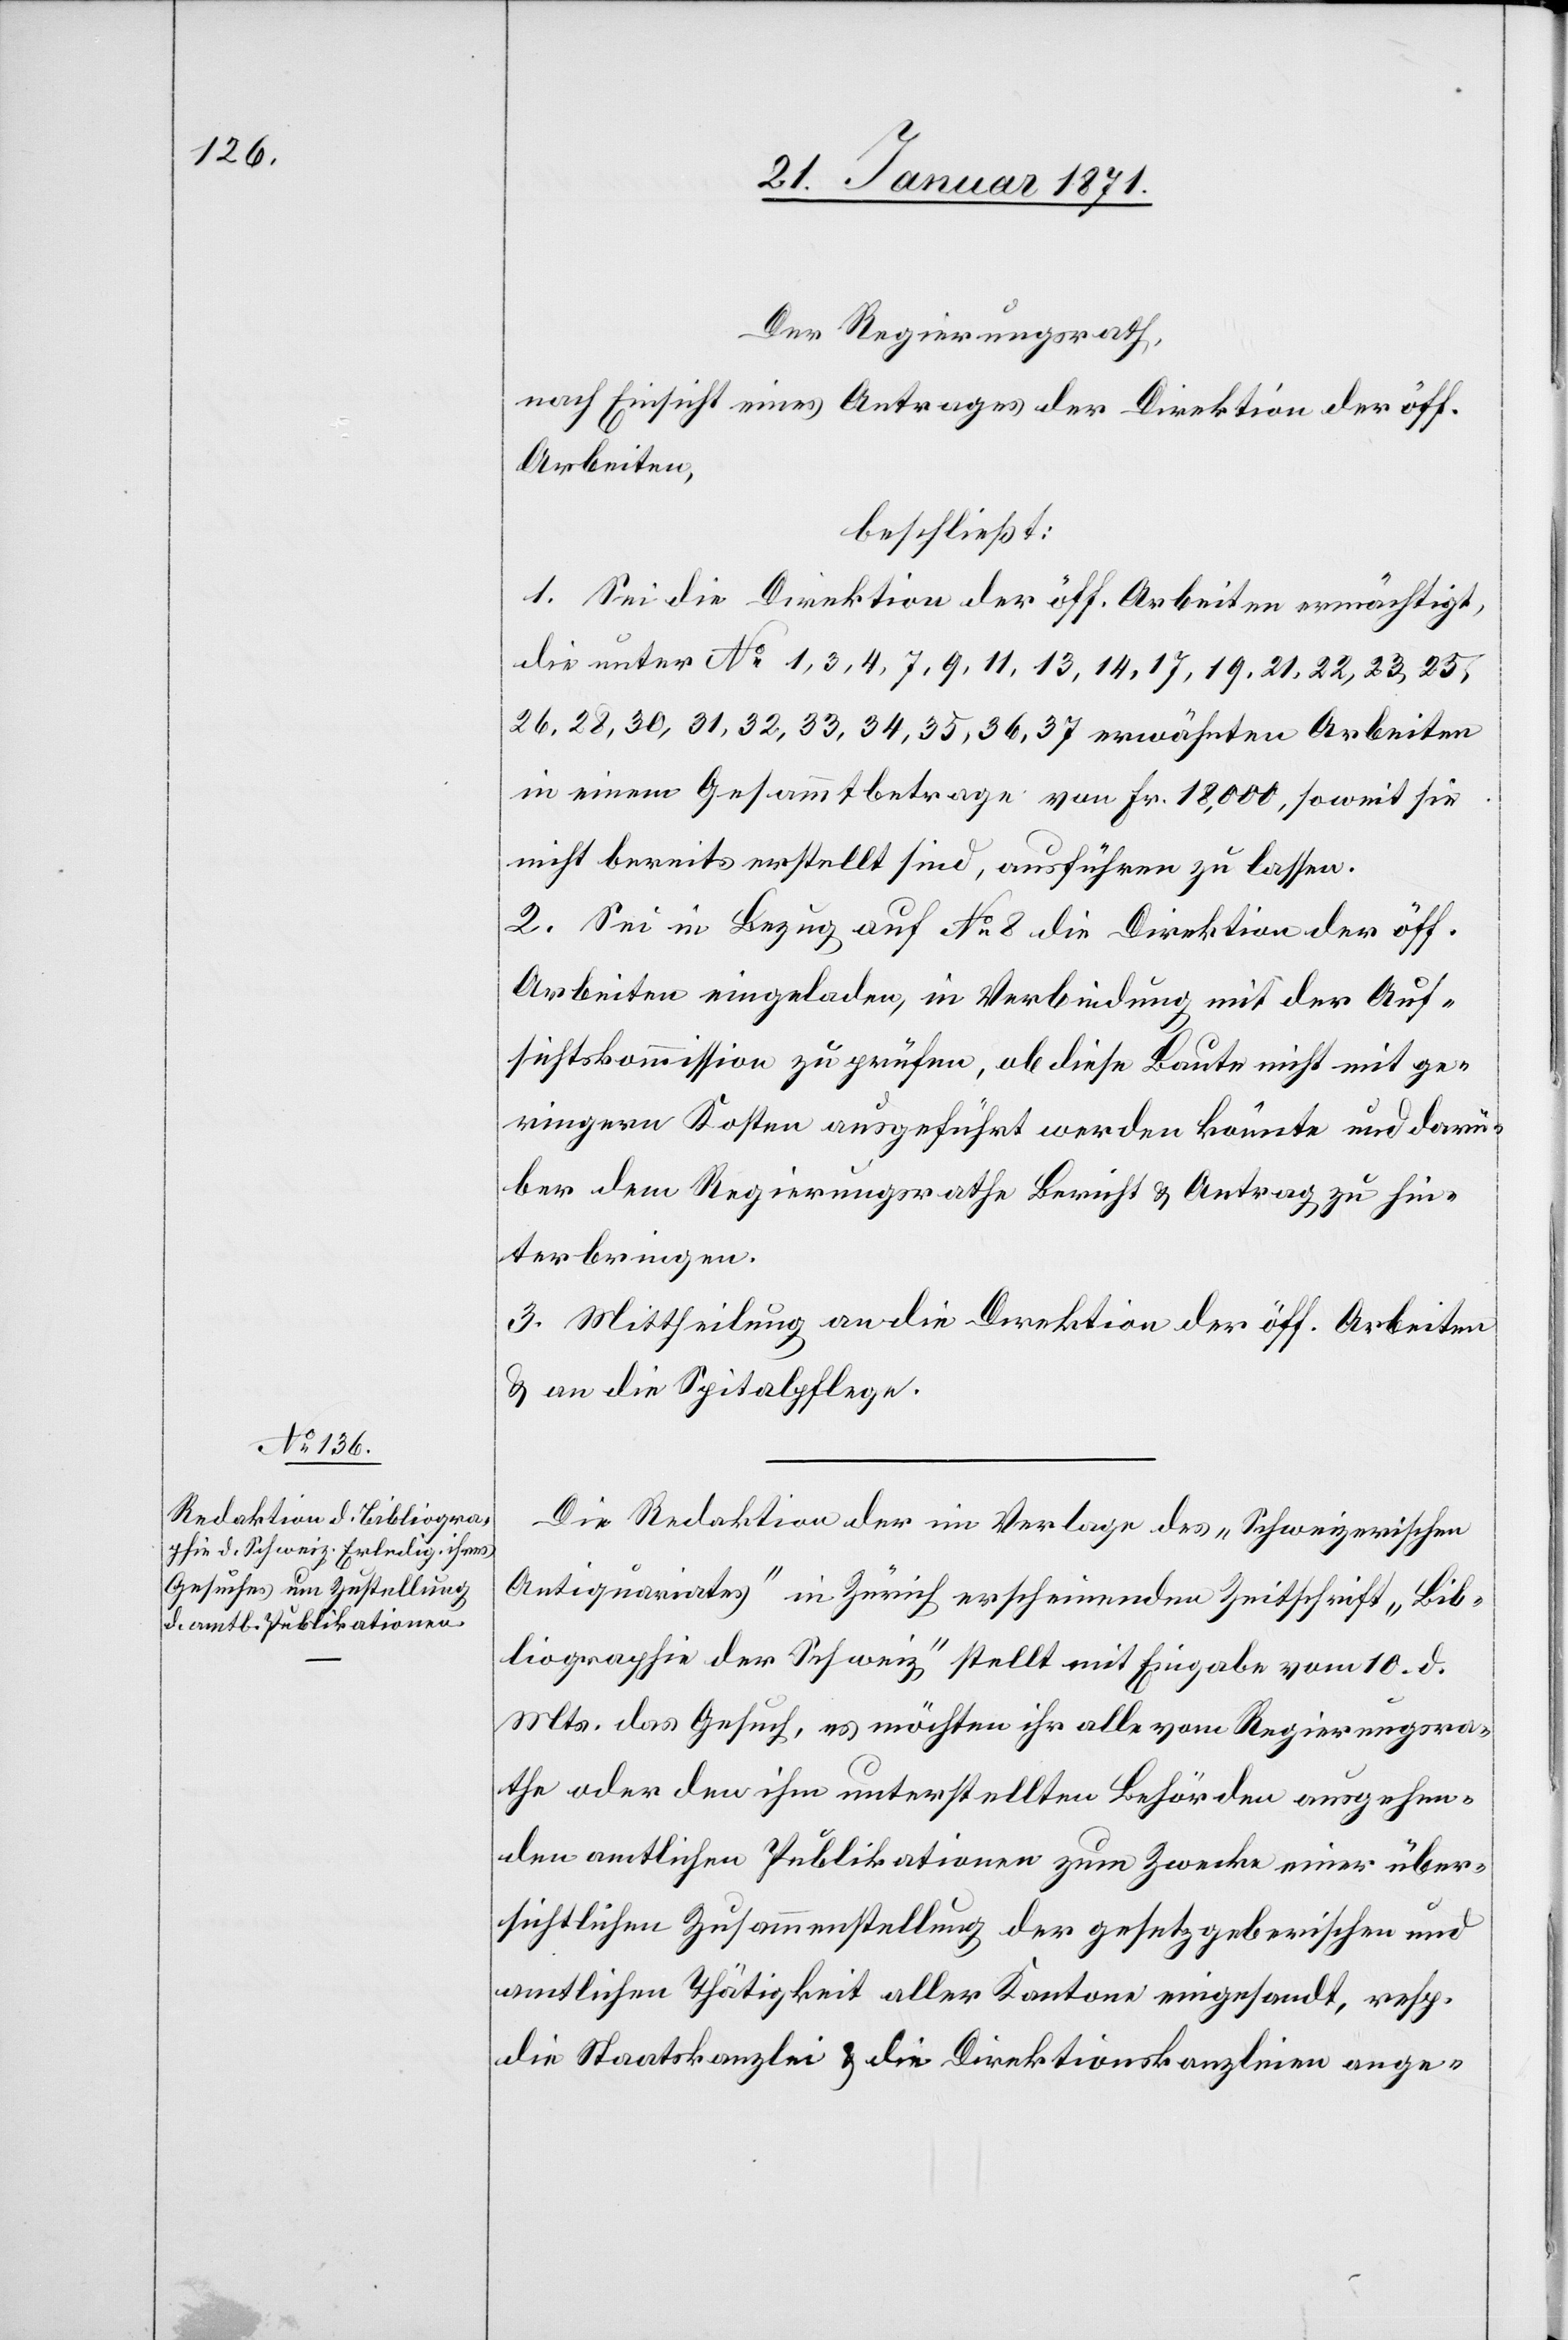
Der Regierungsrath,
nach Einsicht eines Antrages der Direktion der öff.
Arbeiten,
beschließt:
1. Sei die Direktion der öff. Arbeiten ermächtigt,
die unter No. 1, 3, 4, 7, 9, 11, 13, 14, 17, 19, 21, 22, 23, 25,
26, 28, 30, 31, 32, 33, 34, 35, 36, 37 erwähnten Arbeiten
in einem Gesammtbetrage von Fr. 18,000, soweit sie
nicht bereits erstellt sind, ausführen zu lassen.
2. Sei in Bezug auf No. 8 die Direktion der öff.
Arbeiten eingeladen, in Verbindung mit der Auf¬
sichtskommission zu prüfen, ob diese Baute nicht mit ge¬
ringern Kosten ausgeführt werden könnte und darü¬
ber dem Regierungsrathe Bericht u. Antrag zu hin¬
terbringen.
3. Mittheilung an die Direktion der öff. Arbeiten
u. an die Spitalpflege.
Die Redaktion der im Verlage des „Schweizerischen
Antiquariates“ in Zürich erscheinenden Zeitschrift „Bib¬
liographie der Schweiz“ stellt mit Eingabe vom 10. d.
Mts. das Gesuch, es möchten ihr alle vom Regierungsra¬
the oder den ihm unterstellten Behörden ausgehen¬
den amtlichen Publikationen zum Zwecke einer über¬
sichtlichen Zusammenstellung der gesetzgeberischen und
amtlichen Thätigkeit aller Kantone eingesandt, resp.
die Staatskanzlei u. die Direktionskanzleien ange-